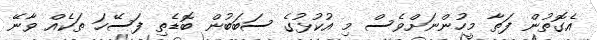
އެގޮތުން ފަތާ މީހުންނަށްވެސް މި އުކުޅުގެ ސަބަބުން ބޮޑެތި ފަސޭހަ ތަކެއް ވާނޭ